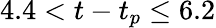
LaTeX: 4.4<t-t_{p}\leq 6.2